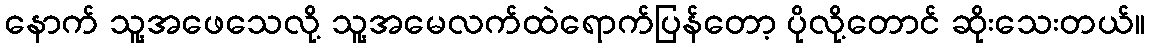
နောက် သူ့အဖေသေလို့ သူ့အမေလက်ထဲရောက်ပြန်တော့ ပိုလို့တောင် ဆိုးသေးတယ်။